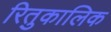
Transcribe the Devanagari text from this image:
रितुकालिक